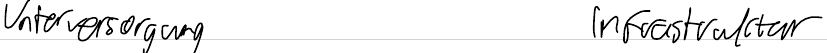
Unterversorgung    Infrastruktur